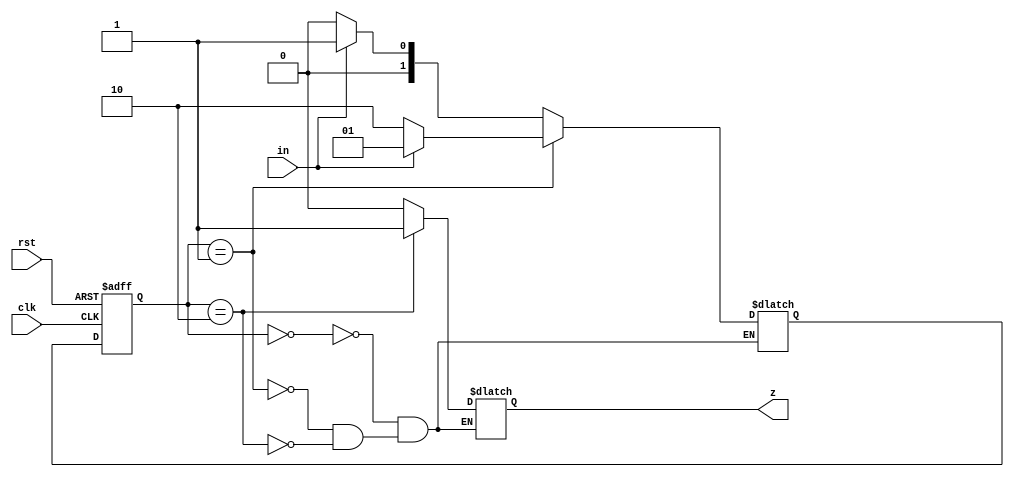
// Design a sequential circuit that detects consecutive inputs: "1" 
// and directly followed by '0'. The overlapped sequence is permitted.
module fsm1
( input clk, rst,
  input in,
  output z
);

parameter A = 2'd0;		// parameters used as alias for states representation
parameter B = 2'd1;
parameter C = 2'd2;

// Nextstate and State
reg [1:0] state, nstate;
// Output as Reg type
reg z_reg;

// Combinational -> Connect z_reg to output port
assign z = z_reg;

// // Sequential -> State Register
always @(posedge clk, negedge rst) begin
	if (~rst) begin
		state <= A;
	end
	
	else begin
		state <= nstate;
	end
end

// Combinational -> Nextstate Logics
always @(*) begin
	case (state)
		A: begin
			z_reg = 1'b0;
			if (in == 1'b0) begin
				nstate = A;
			end
			
			else begin
				nstate = B;
			end
			end
		
		B: begin
			z_reg = 1'b0;
			if (in == 1'b0) begin
				nstate = C;
			end
			
			else begin
				nstate = B;
			end
			end
		
		C:	begin
			z_reg = 1'b1;
			if (in == 1'b0) begin
				nstate = A;
			end
			
			else begin
				nstate = B;
			end
			end
		
		default:	begin
					end
	
	endcase
end

endmodule

////////////////// TESTBENCH ///////////////

module fsm1_tb();

reg clk, rst;
reg in;
wire z;

fsm1 FSM_TB (clk, rst, in, z);

initial begin
    clk = 1'b0;
    rst = 1'b0;
	 in  = 1'b0;
end

always begin
    #50
    clk = ~clk;
end

initial begin
    #100
    rst = 1'b1;
    #50
    in = 1'b1;
	 #100
	 in = 1'b1;
	 #100
	 in = 1'b0;
	 #100
	 in = 1'b1;
	 #100
	 in = 1'b0;
	 #100
	 in = 1'b0;
	 #100
	 in = 1'b1;
	 #100
	 in = 1'b0;
	 #100
	 in = 1'b1;
	 #200;
end

endmodule